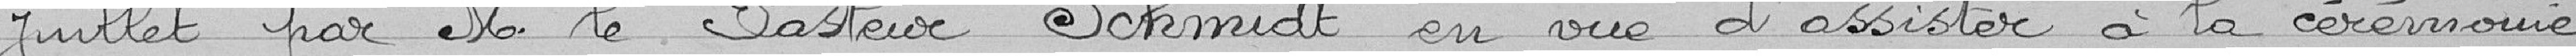
Juillet par M. le Pasteur Schmidt en vue d'assister à la cérémonie